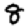
Digit: 8